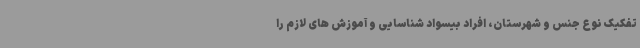
تفکیک نوع جنس و شهرستان، افراد بیسواد شناسایی و آموزش های لازم را